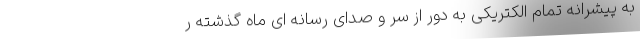
به پیشرانه تمام الکتریکی به دور از سر و صدای رسانه ای ماه گذشته ر